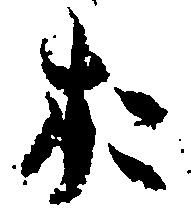
お